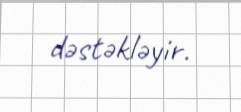
dəstəkləyir.